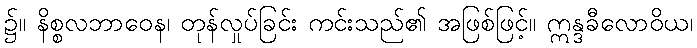
၌။ နိစ္စလဘာဝေန၊ တုန်လှုပ်ခြင်း ကင်းသည်၏ အဖြစ်ဖြင့်။ ဣန္ဒခီလောဝိယ၊